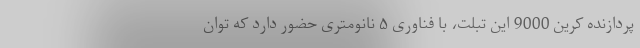
پردازنده کرین 9000 این تبلت، با فناوری ۵ نانومتری حضور دارد که توان